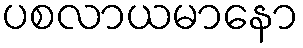
ပစလာယမာနော